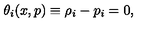
\theta _ { i } ( x , p ) \equiv \rho _ { i } - p _ { i } = 0 ,